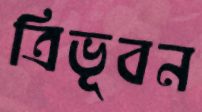
ত্রিভূবন